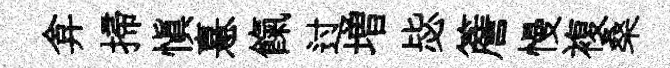
弇掃愼憙餼过増毖簷慢複桑